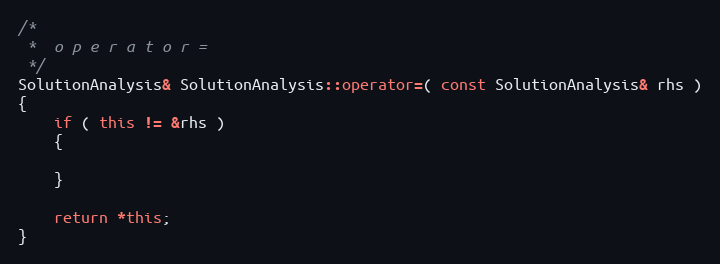
Language: C++
/*
 *	o p e r a t o r =
 */
SolutionAnalysis& SolutionAnalysis::operator=( const SolutionAnalysis& rhs )
{
	if ( this != &rhs )
	{

	}

	return *this;
}